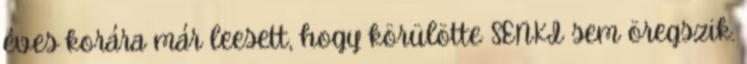
éves korára már leesett, hogy körülötte SENKI sem öregszik.